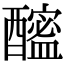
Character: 𨣘